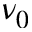
\nu _ { 0 }